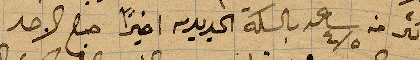
اكثر من ٤\٥ ساعة بالسكة الحديدية اخيرًأ صباح الاحد